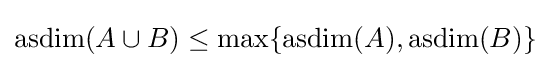
\operatorname {asdim} (A\cup B)\leq \max\{\operatorname {asdim} (A),\operatorname {asdim} (B)\}